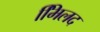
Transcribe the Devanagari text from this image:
मििलद